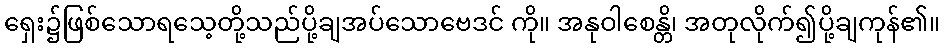
ရှေး၌ဖြစ်သောရသေ့တို့သည်ပို့ချအပ်သောဗေဒင် ကို။ အနုဝါစေန္တိ၊ အတုလိုက်၍ပို့ချကုန်၏။